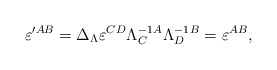
\begin{align*}\varepsilon ^{\prime AB}=\Delta _{{\small \Lambda }}\varepsilon ^{CD}\Lambda_{C}^{-1}{}^{A}\Lambda _{D}^{-1}{}^{B}=\varepsilon ^{AB}, \end{align*}